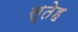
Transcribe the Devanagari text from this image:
स्तेह